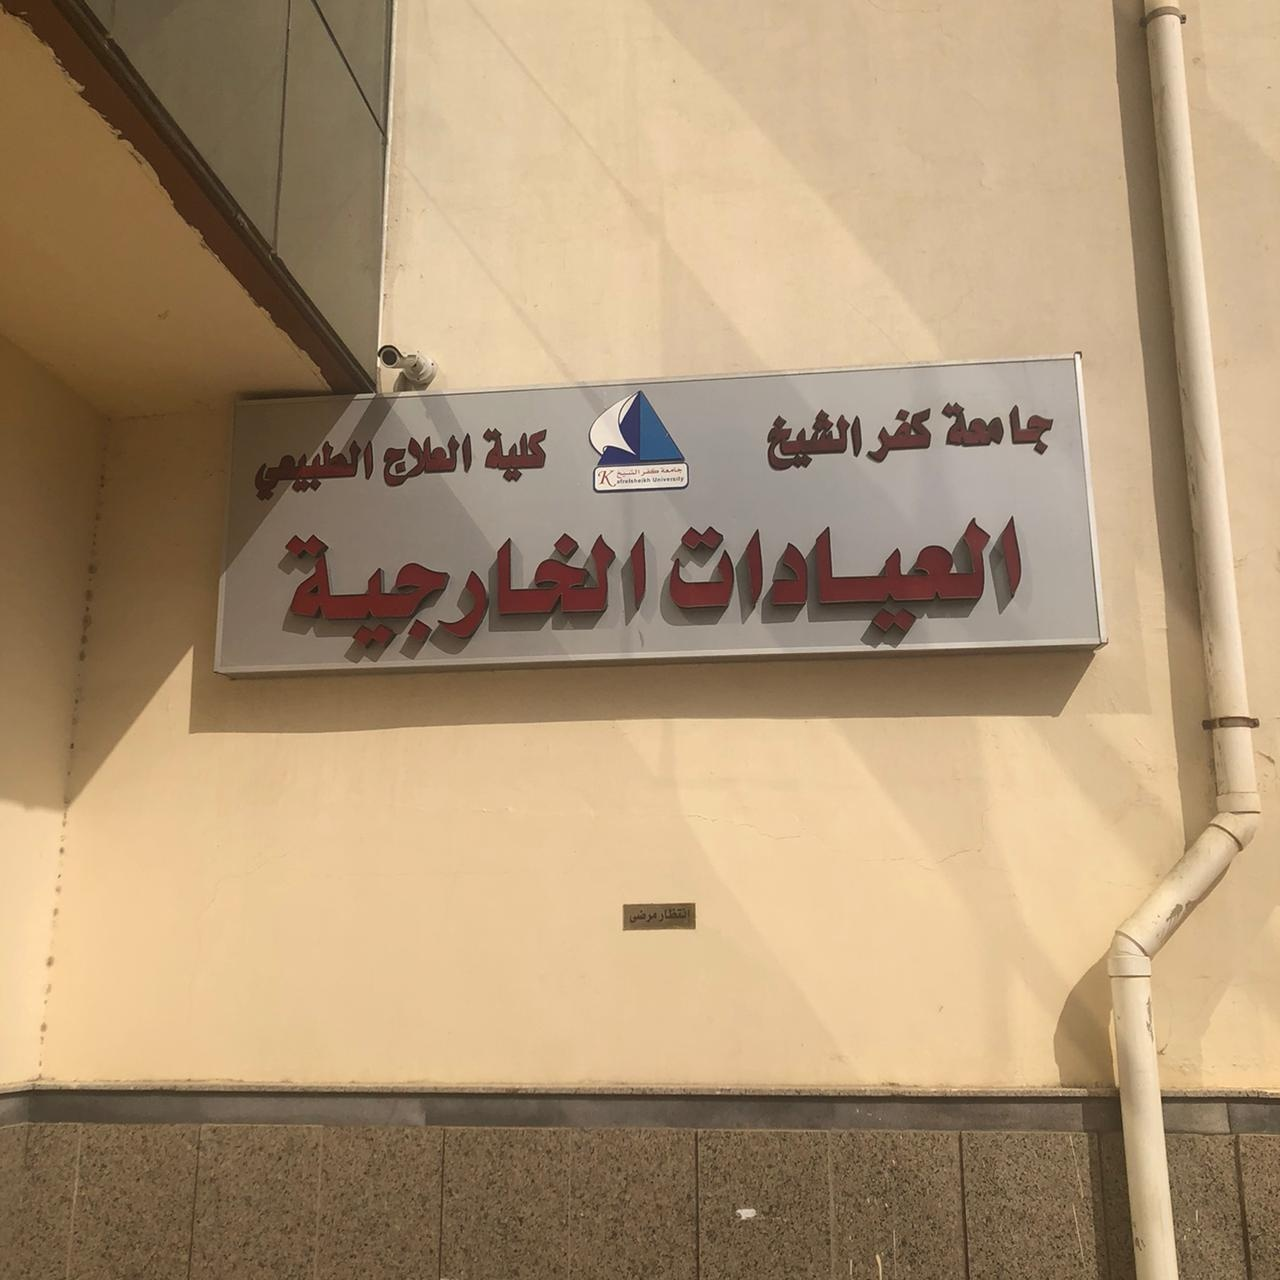
Text in image: جامعة كفر الشيخ كلية العلاج الطبيعي العيادات الخارجية